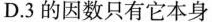
D.3的因数只有它本身